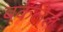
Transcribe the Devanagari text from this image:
बकलेल